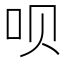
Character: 呗